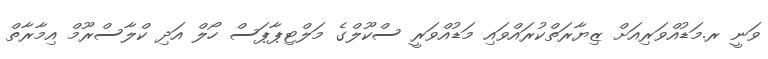
ވަނީ ރ.މަޑުއްވަރިއަށް ޒިޔާރަތްކުރައްވައި މަޑުއްވަރީ ސްކޫލްގެ މަލްޓިޕާޕަސް ހޯލް އަދި ކްލާސްރޫމް އިމާރާތް